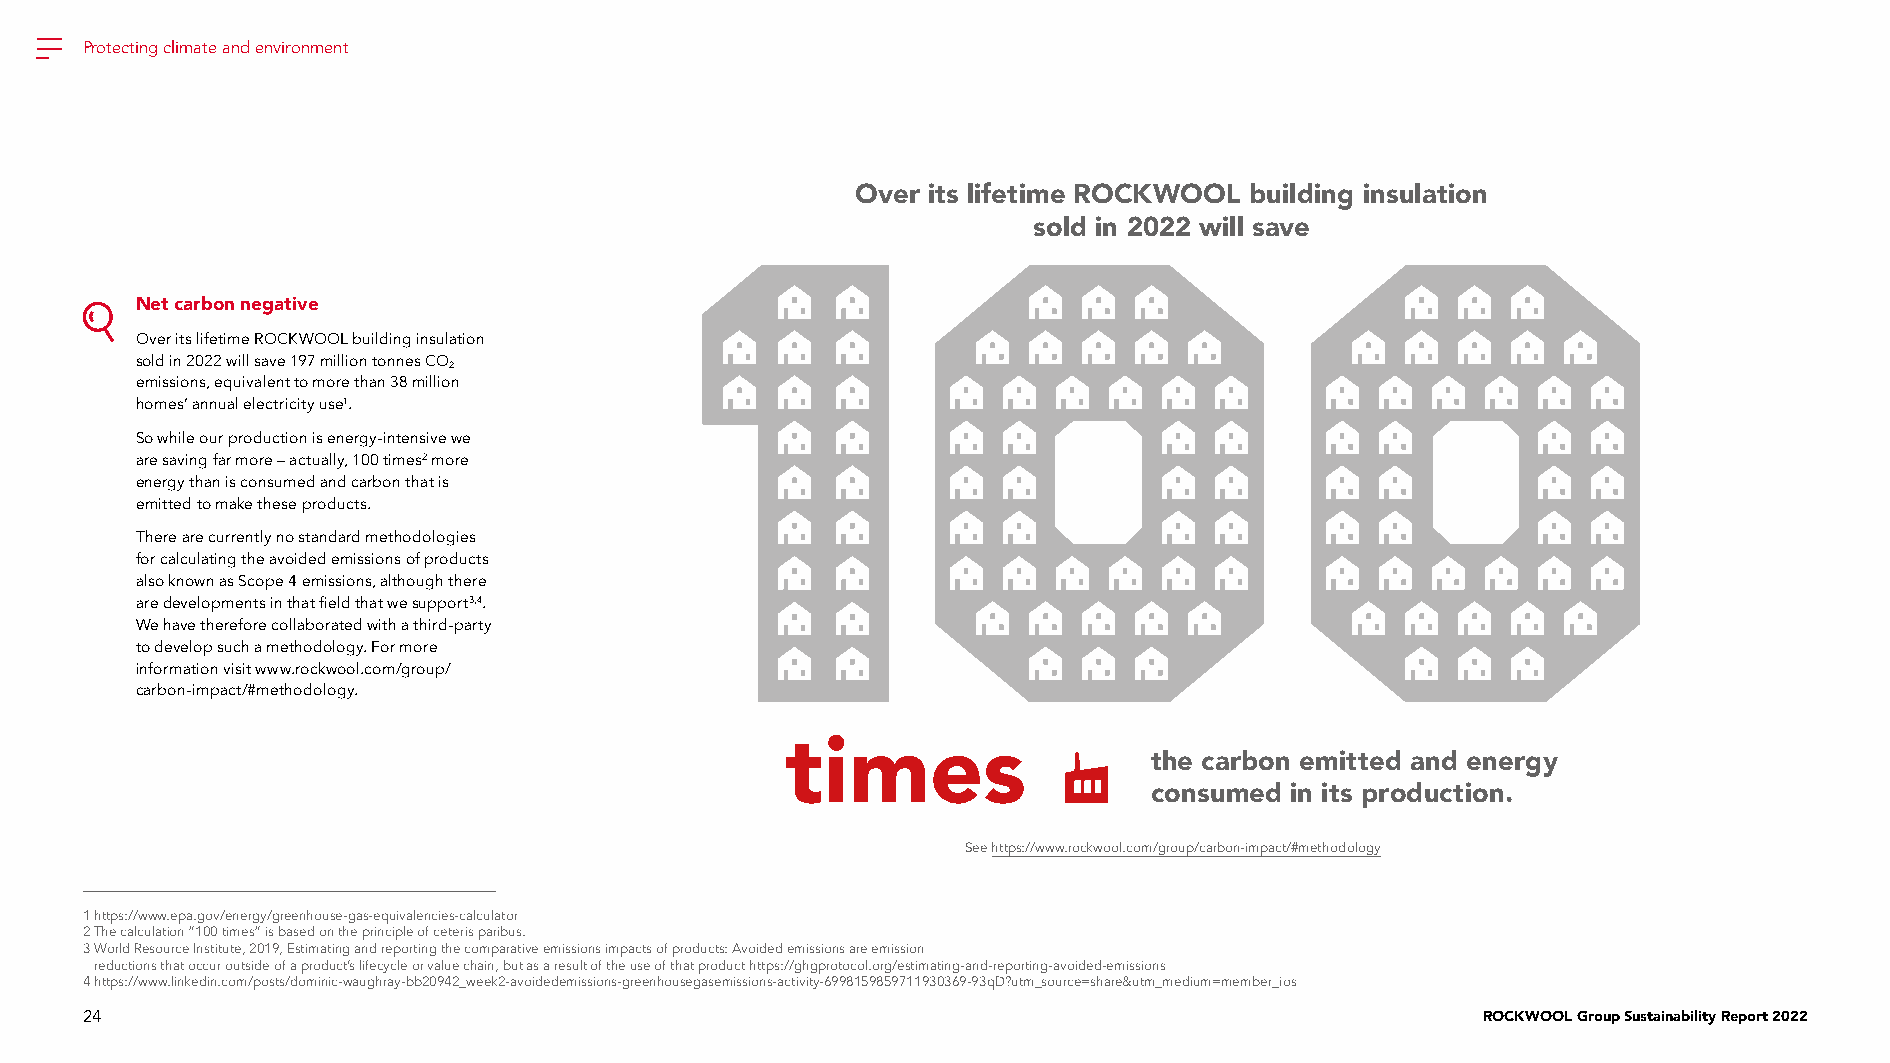
Protecting climate and environment
 Over its lifetime ROCKWOOL building insulation
 sold in 2022 will save
 Net carbon negative
 Over its lifetime ROCKWOOL building insulation
 sold in 2022 will save 197 million tonnes CO
 2
 emissions, equivalent to more than 38 million
 homes’ annual electricity use1.
 So while our production is energy-intensive we
 are saving far more – actually, 100 times2 more
 energy than is consumed and carbon that is
 emitted to make these products.
 There are currently no standard methodologies
 for calculating the avoided emissions of products
 also known as Scope 4 emissions, although there
 are developments in that field that we support3,4.
 We have therefore collaborated with a third-party
 to develop such a methodology. For more
 information visit www.rockwool.com/group/
 carbon-impact/#methodology.
 times
 the carbon emitted and energy
 consumed in its production.
 See https://www.rockwool.com/group/carbon-impact/#methodology
 1 https://www.epa.gov/energy/greenhouse-gas-equivalencies-calculator
 2 The calculation “100 times” is based on the principle of ceteris paribus.
 3 World Resource Institute, 2019, Estimating and reporting the comparative emissions impacts of products: Avoided emissions are emission
 reductions that occur outside of a product’s lifecycle or value chain, but as a result of the use of that product https://ghgprotocol.org/estimating-and-reporting-avoided-emissions
 4 https://www.linkedin.com/posts/dominic-waughray-bb20942_week2-avoidedemissions-greenhousegasemissions-activity-6998159859711930369-93qD?utm_source=share&utm_medium=member_ios
 24                                                                                           ROCKWOOL Group Sustainability Report 2022